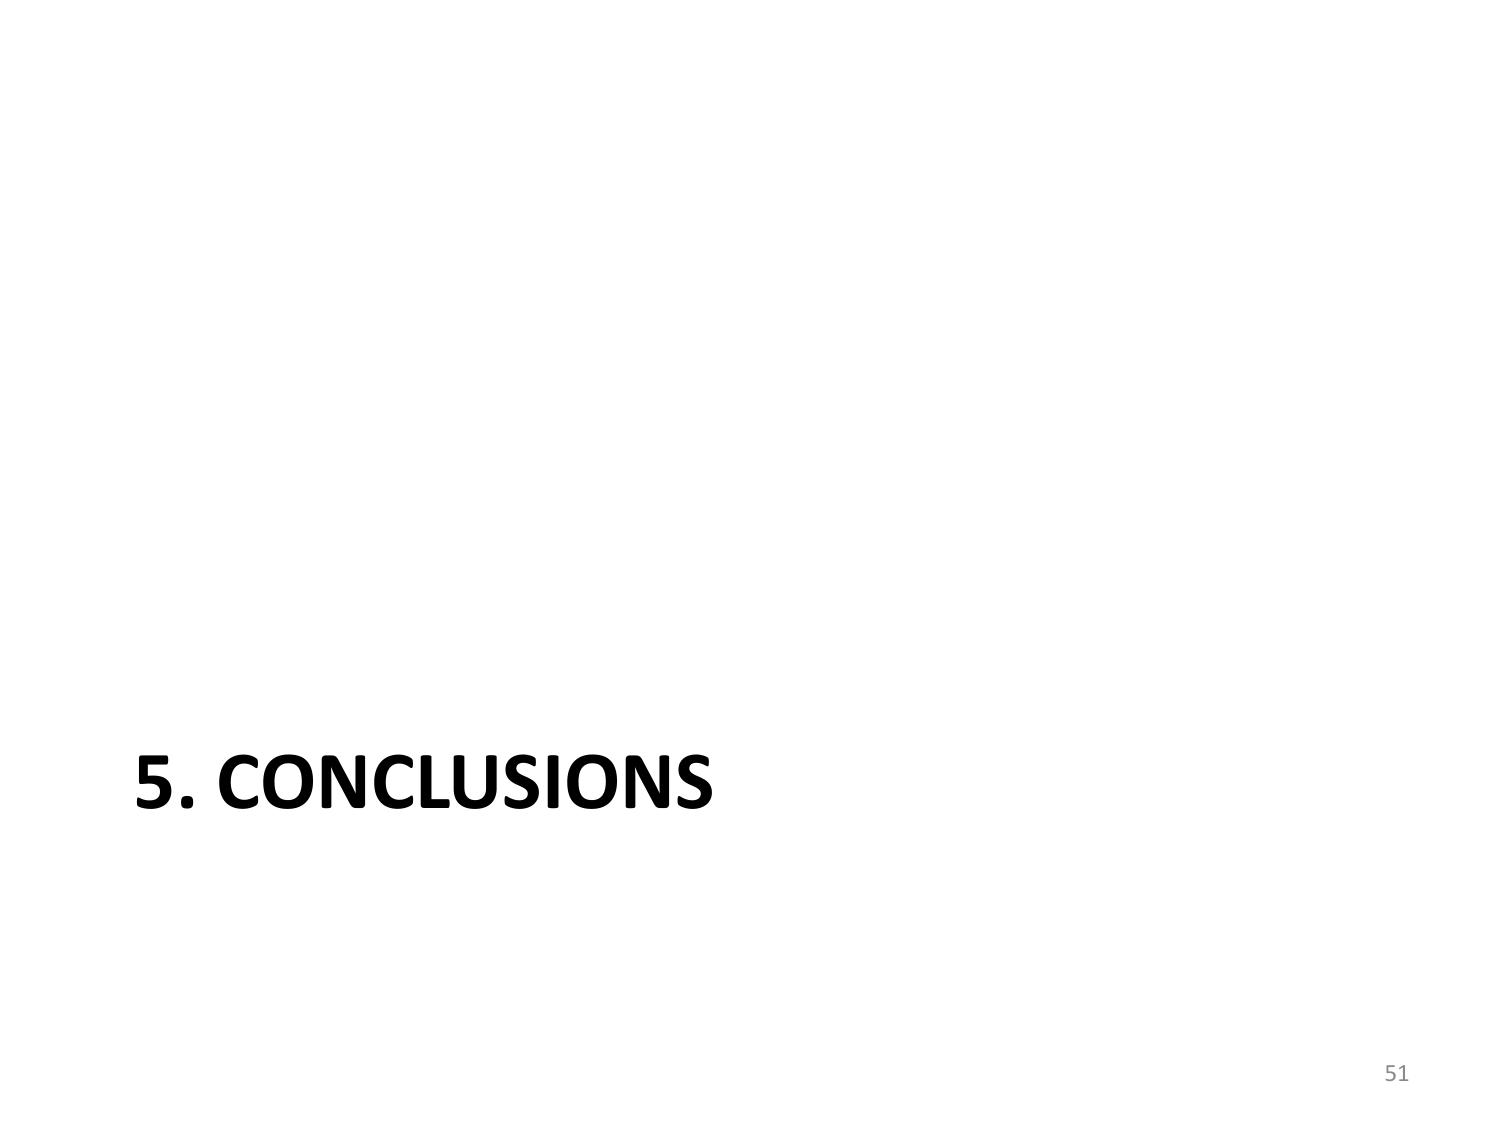
5. CONCLUSIONS
51